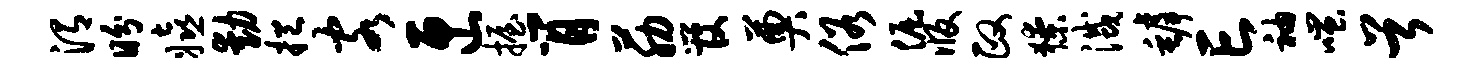
渭盼嬉动挹客匣握肖筋管奠俗倔版政獠灭罅亡袖嗤首